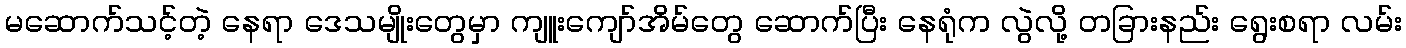
မဆောက်သင့်တဲ့ နေရာ ဒေသမျိုးတွေမှာ ကျူးကျော်အိမ်တွေ ဆောက်ပြီး နေရုံက လွဲလို့ တခြားနည်း ရွေးစရာ လမ်း